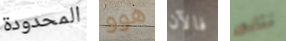
المحدودة هوو فالآن نتابع